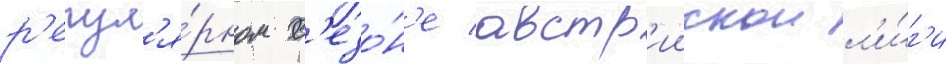
р'егул'я́рном с'езо́н'е австр'иискои л'и́г'и